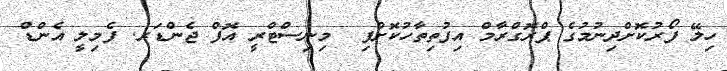
ހިލޭ ފޯރުކޮށްދިނުމުގެ ޕްރޮގްރާމް އިފުތިތާހުކޮށްފި  މިނިސްޓްރީ އޮފް ޖެންޑަރ